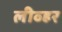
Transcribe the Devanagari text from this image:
लीव्हर